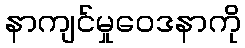
နာကျင်မှုဝေဒနာကို